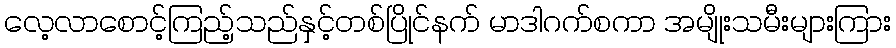
လေ့လာစောင့်ကြည့်သည်နှင့်တစ်ပြိုင်နက် မာဒါဂက်စကာ အမျိုးသမီးများကြား